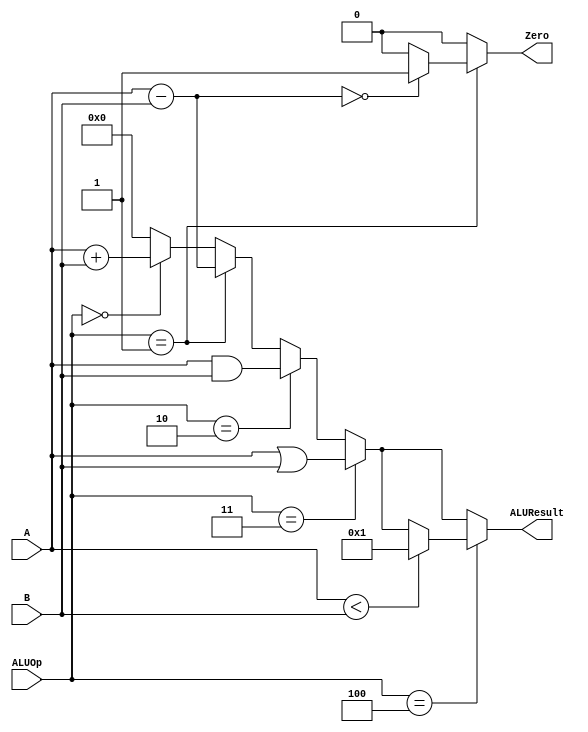
`timescale 1ns/1ns
module alu(input [31:0]A, input [31:0]B, input [2:0] ALUOp, output reg Zero, output reg [31:0] ALUResult);

  always @(A, B, ALUOp) begin
    Zero = 1'b0;
    ALUResult = 32'b0;
    
    if (ALUOp == 3'b000) begin
      ALUResult = A + B;
    end
    
    if (ALUOp == 3'b001) begin
      ALUResult = A - B;
      if (ALUResult == 32'b0) begin
        Zero = 1'b1;
      end
    end
    
    if (ALUOp == 3'b010) begin
      ALUResult = A & B;
    end
    
    if (ALUOp == 3'b011) begin
      ALUResult = A | B;
    end
    
    if (ALUOp == 3'b100) begin
      if (A < B) begin
        ALUResult = 32'b00000000_00000000_00000000_00000001;
      end
    end
  
  end 
  
endmodule